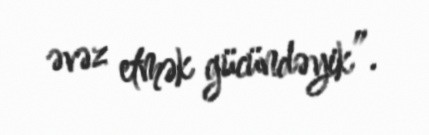
əvəz etmək gücündəyik”.